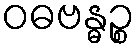
ဝဓဗန္ဓဉ္စ